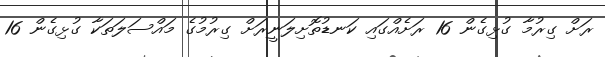
ރަށް ގިރުމާ ގުޅިގެން 16 ރަށެއްގައި ކަނޑުތޮށިލަނީރަށް ގިރުމުގެ މައްސަލަތަކާ ގުޅިގެން 16